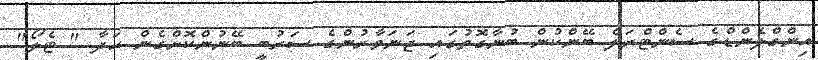
އިންގްލެންޑްގެ ސެންޓްރަލް ބޭންކުން ބުނާގޮތުގައި ޖަނަވާރުންގެ ސަރުބީ ބޭނުންކޮށްގެން ހަދާ " ޓެލޯ"